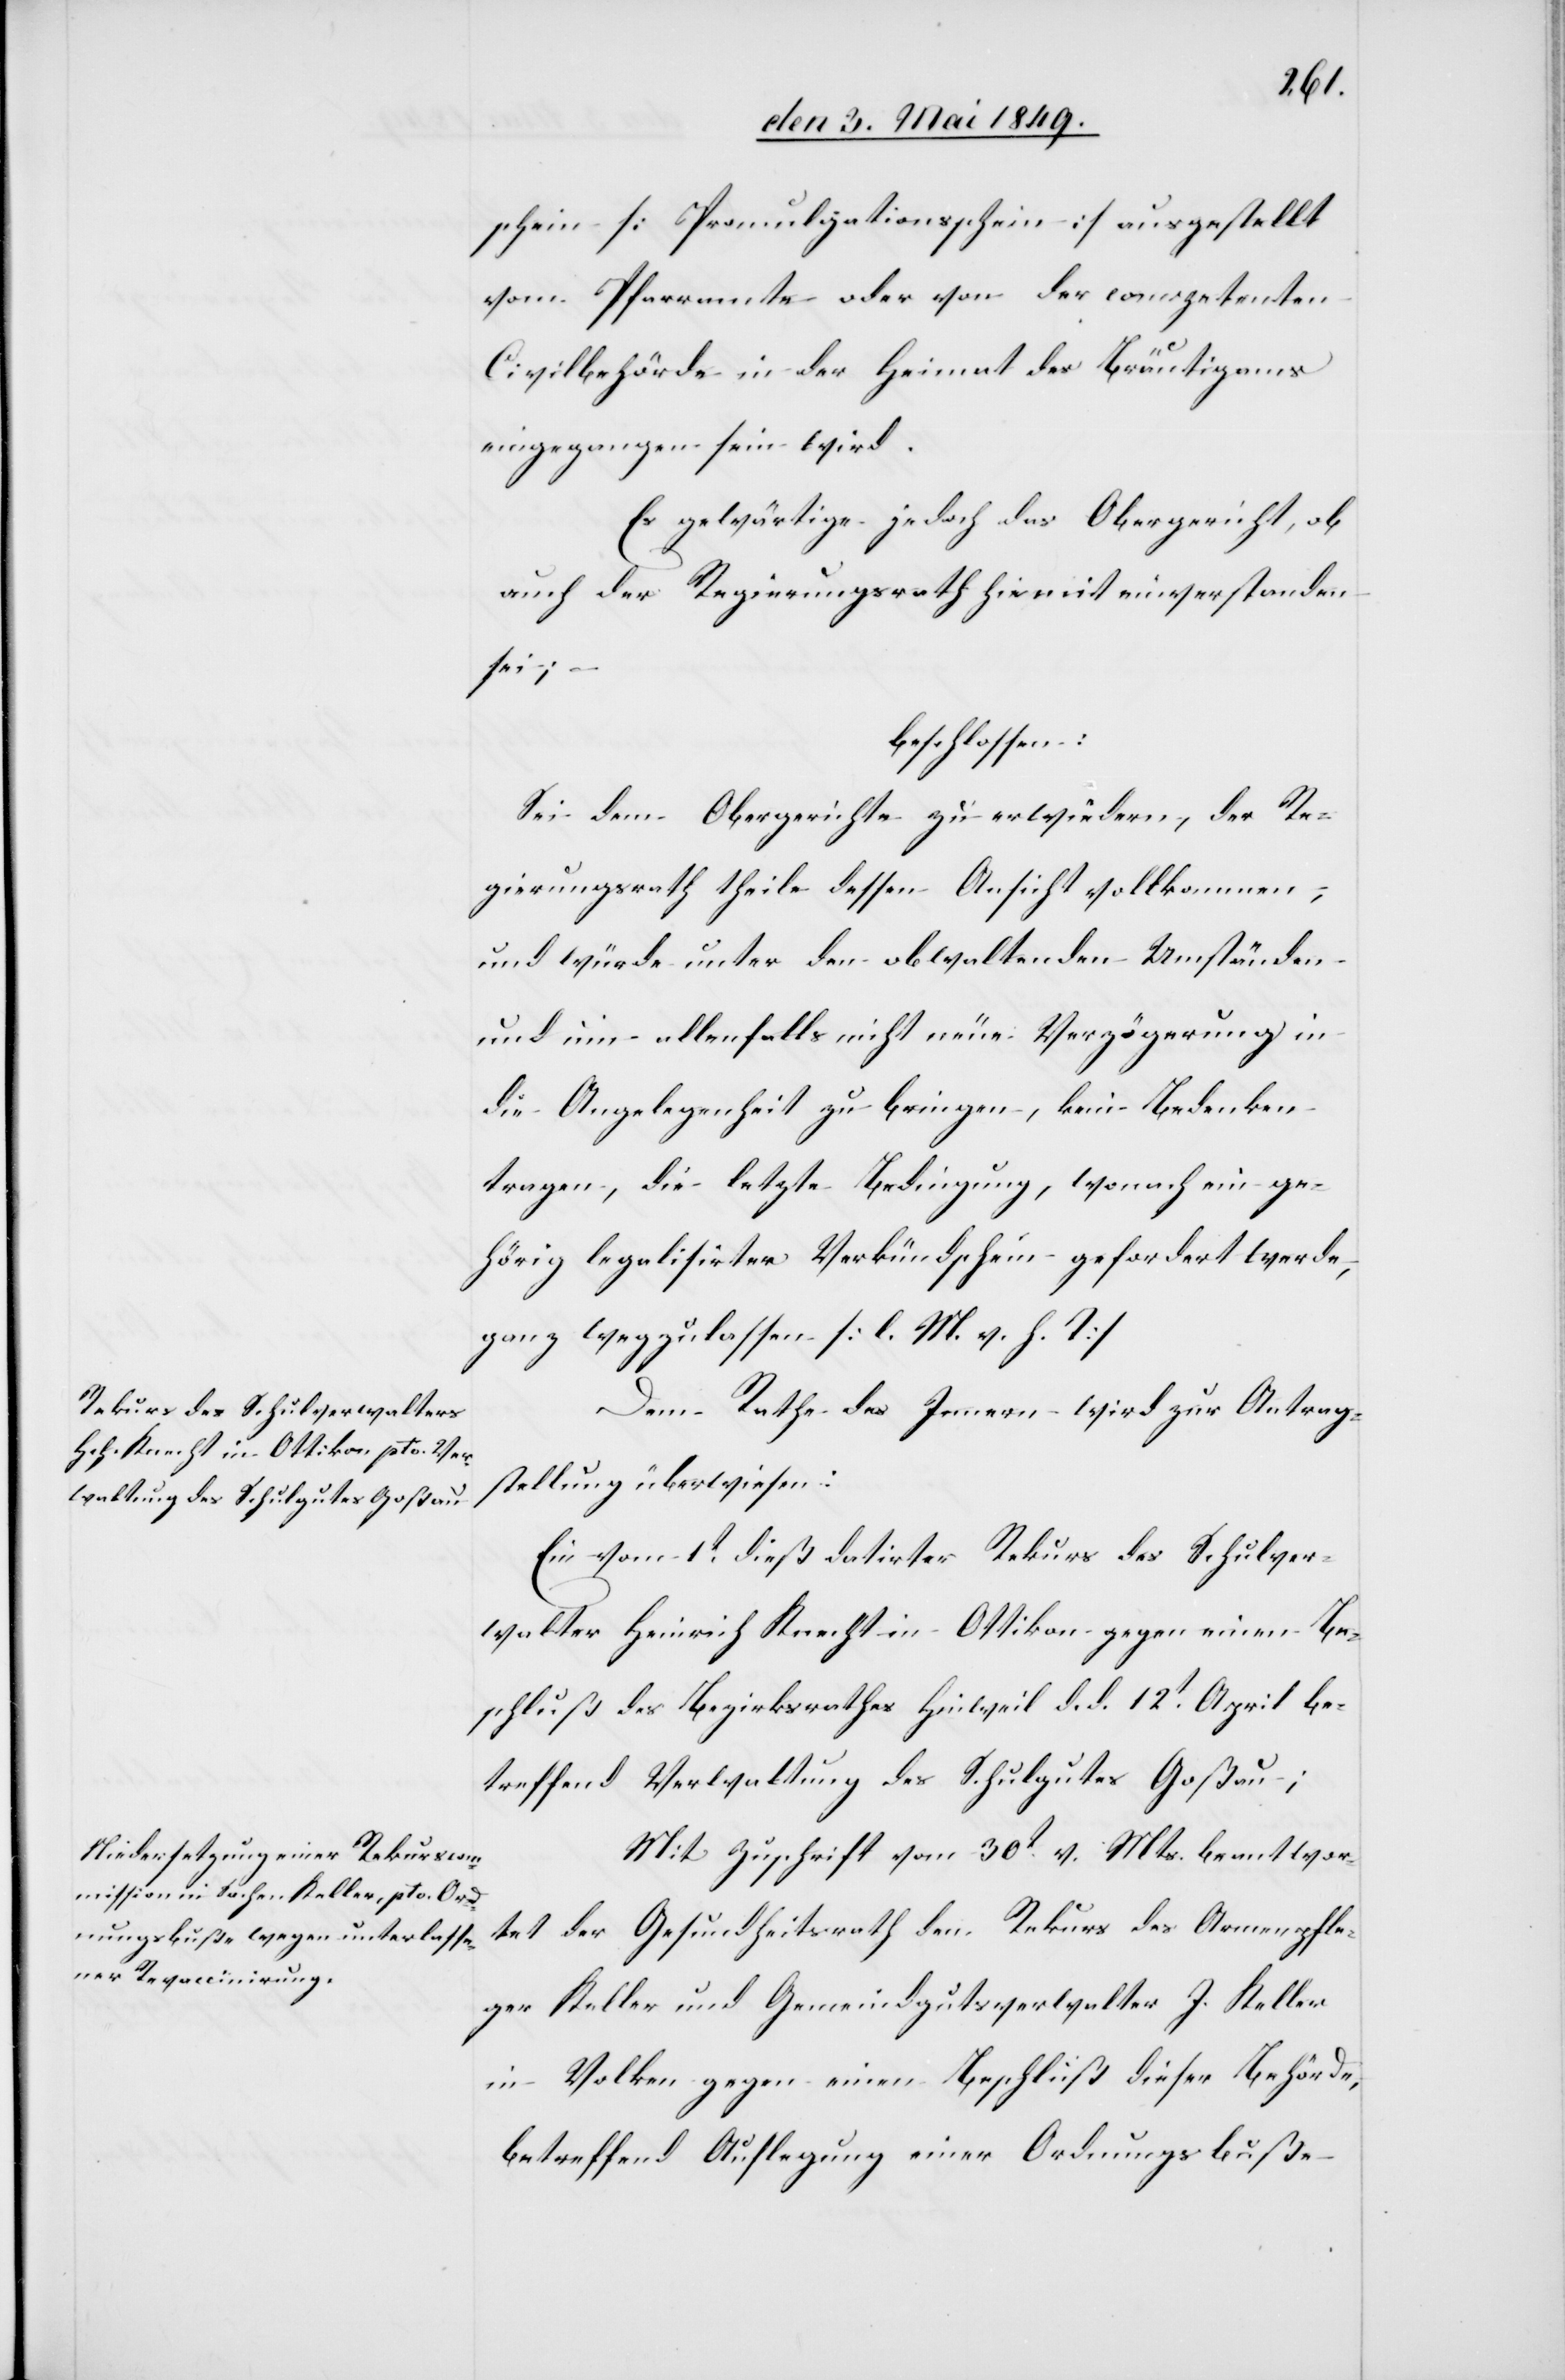
schein [Promulgationsschein] ausgestellt
vom Pfarramte oder von der competenten
Civilbehörde in der Heimat des Bräutigams
eingegangen sein wird.
Es gewärtige jedoch das Obergericht, ob
auch der Regierungsrath hirmit einverstanden
sei;
beschlossen:
Sei dem Obergerichte zu erwiedern, der Re¬
gierungsrath theile dessen Ansicht vollkommen,
und würde unter den obwaltenden Umständen
und um allenfalls nicht neue Verzögerung in
die Angelegenheit zu bringen, kein Bedenken
tragen, die letzte Bedingung, wonach ein ge¬
hörig legalisirter Verkündschein gefordert werde,
ganz wegzulassen [l. M. h. T][.]
Dem Rathe des Innern wird zur Antrag¬
stellung überwiesen:
Ein vom 1t dieß datirter Rekurs des Schulver¬
walter Heinrich Knecht in Ottikon gegen einen Be¬
schluß des Bezirksrathes Hinweil d. d. 12t April be¬
treffend Verwaltung des Schulgutes Goßau;
Mit Zuschrift vom 30t v. Mts. beantwor¬
tet der Gesundheitsrath den Rekurs des Armenpfle¬
ger Keller und Gemeindgutsverwalter J. Keller
in Volken gegen einen Beschluß dieser Behörde,
betreffend Auflegung einer Ordnungsbuße